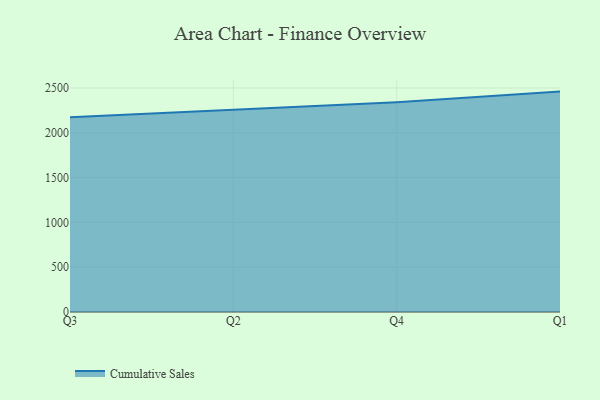
{"axis": {"x": "Quarter", "y": "Temperature (°C)"}, "legend": ["Cumulative Sales"], "data": [{"x": "Q3", "y": 2172.3, "type": "Cumulative Sales"}, {"x": "Q2", "y": 2260.2, "type": "Cumulative Sales"}, {"x": "Q4", "y": 2340.9, "type": "Cumulative Sales"}, {"x": "Q1", "y": 2459.6, "type": "Cumulative Sales"}]}